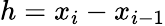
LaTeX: h=x_{i}-x_{i-1}